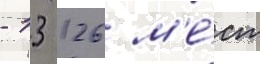
- 13 126 м'е́ст